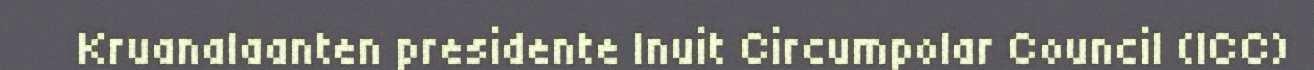
Kruanalaanten presidente Inuit Circumpolar Council (ICC)